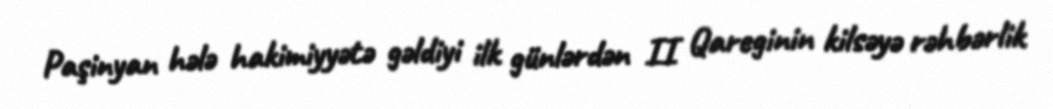
Paşinyan hələ hakimiyyətə gəldiyi ilk günlərdən II Qareginin kilsəyə rəhbərlik